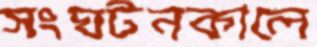
সংঘটনকালে